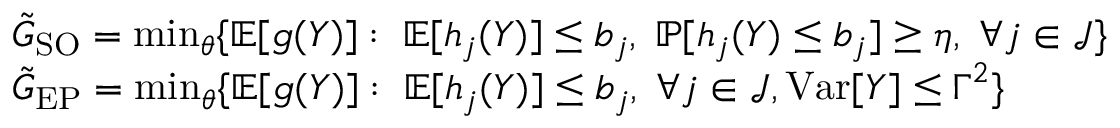
\begin{array} { r l } & { \Tilde { G } _ { \mathrm { S O } } = \operatorname* { m i n } _ { \boldsymbol { \theta } } \{ \mathbb { E } [ g ( \boldsymbol { Y } ) ] : \; \mathbb { E } [ h _ { j } ( \boldsymbol { Y } ) ] \leq { b } _ { j } , \; \mathbb { P } [ h _ { j } ( \boldsymbol { Y } ) \leq { b } _ { j } ] \geq { \eta } , \; \forall j \in \mathcal { J } \} } \\ & { \Tilde { G } _ { \mathrm { E P } } = \operatorname* { m i n } _ { \boldsymbol { \theta } } \{ \mathbb { E } [ g ( \boldsymbol { Y } ) ] : \; \mathbb { E } [ h _ { j } ( \boldsymbol { Y } ) ] \leq { b } _ { j } , \; \forall j \in \mathcal { J } , \mathrm { V a r } [ \boldsymbol { Y } ] \leq \boldsymbol { \Gamma } ^ { 2 } \} } \end{array}